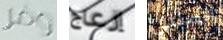
وفر إزعاج اتصلتي